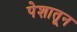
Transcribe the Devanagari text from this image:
पेशातून